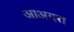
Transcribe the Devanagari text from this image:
आअगरा